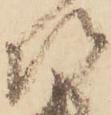
次